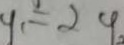
y _ { 1 } = 2 4